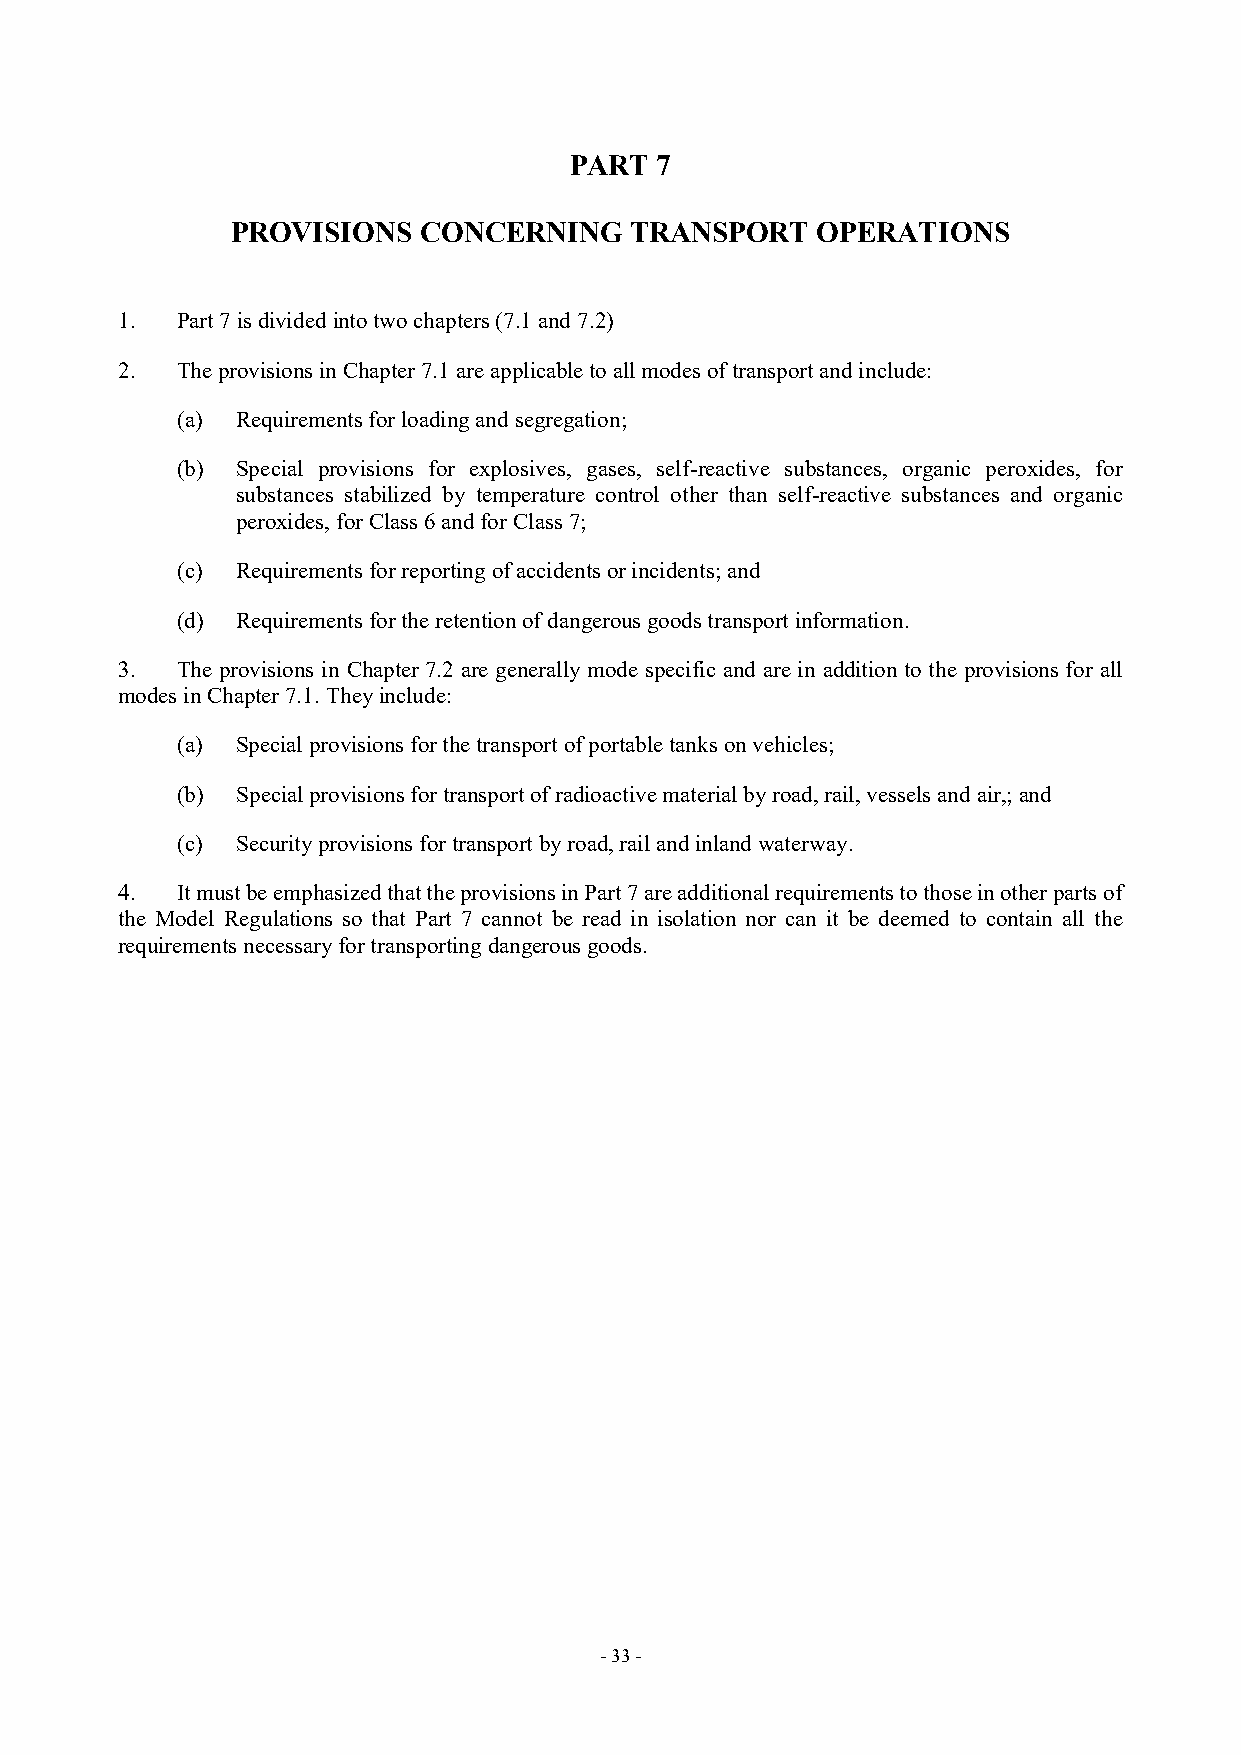
PART 7
 PROVISIONS   CONCERNING    TRANSPORT   OPERATIONS
 1.  Part 7 is divided into two chapters (7.1 and 7.2)
 2.  The provisions in Chapter 7.1 are applicable to all modes of transport and include:
 (a) Requirements for loading and segregation;
 (b) Special provisions for explosives, gases, self-reactive substances, organic peroxides, for
 substances stabilized by temperature control other than self-reactive substances and organic
 peroxides, for Class 6 and for Class 7;
 (c) Requirements for reporting of accidents or incidents; and
 (d) Requirements for the retention of dangerous goods transport information.
 3.  The provisions in Chapter 7.2 are generally mode specific and are in addition to the provisions for all
 modes in Chapter 7.1. They include:
 (a) Special provisions for the transport of portable tanks on vehicles;
 (b) Special provisions for transport of radioactive material by road, rail, vessels and air,; and
 (c) Security provisions for transport by road, rail and inland waterway.
 4.  It must be emphasized that the provisions in Part 7 are additional requirements to those in other parts of
 the Model Regulations so that Part 7 cannot be read in isolation nor can it be deemed to contain all the
 requirements necessary for transporting dangerous goods.
 - 33 -